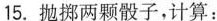
15.抛掷两颗骰子，计算：